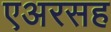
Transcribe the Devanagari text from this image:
एअरसह